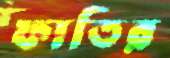
ফাতির